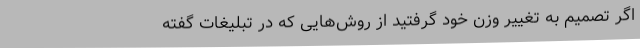
اگر تصمیم به تغییر وزن خود گرفتید از روش‌هایی که در تبلیغات گفته